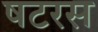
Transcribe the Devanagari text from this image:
षटरस